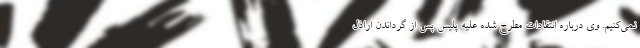
نمی‌کنیم. وی درباره انتقادات مطرح شده علیه پلیس پس از گرداندن اراذل